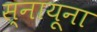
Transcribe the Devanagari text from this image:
स्नायूना